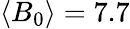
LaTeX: \langle B_{0}\rangle=7.7